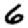
Digit: 6